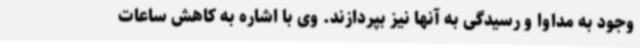
وجود به مداوا و رسیدگی به آنها نیز بپردازند. وی با اشاره به کاهش ساعات